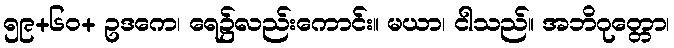
၅၉+၆၀+ ဥဒကေ၊ ရေ၌လည်းကောင်း။ မယာ၊ ငါသည်။ အဘိဂုတ္တော၊